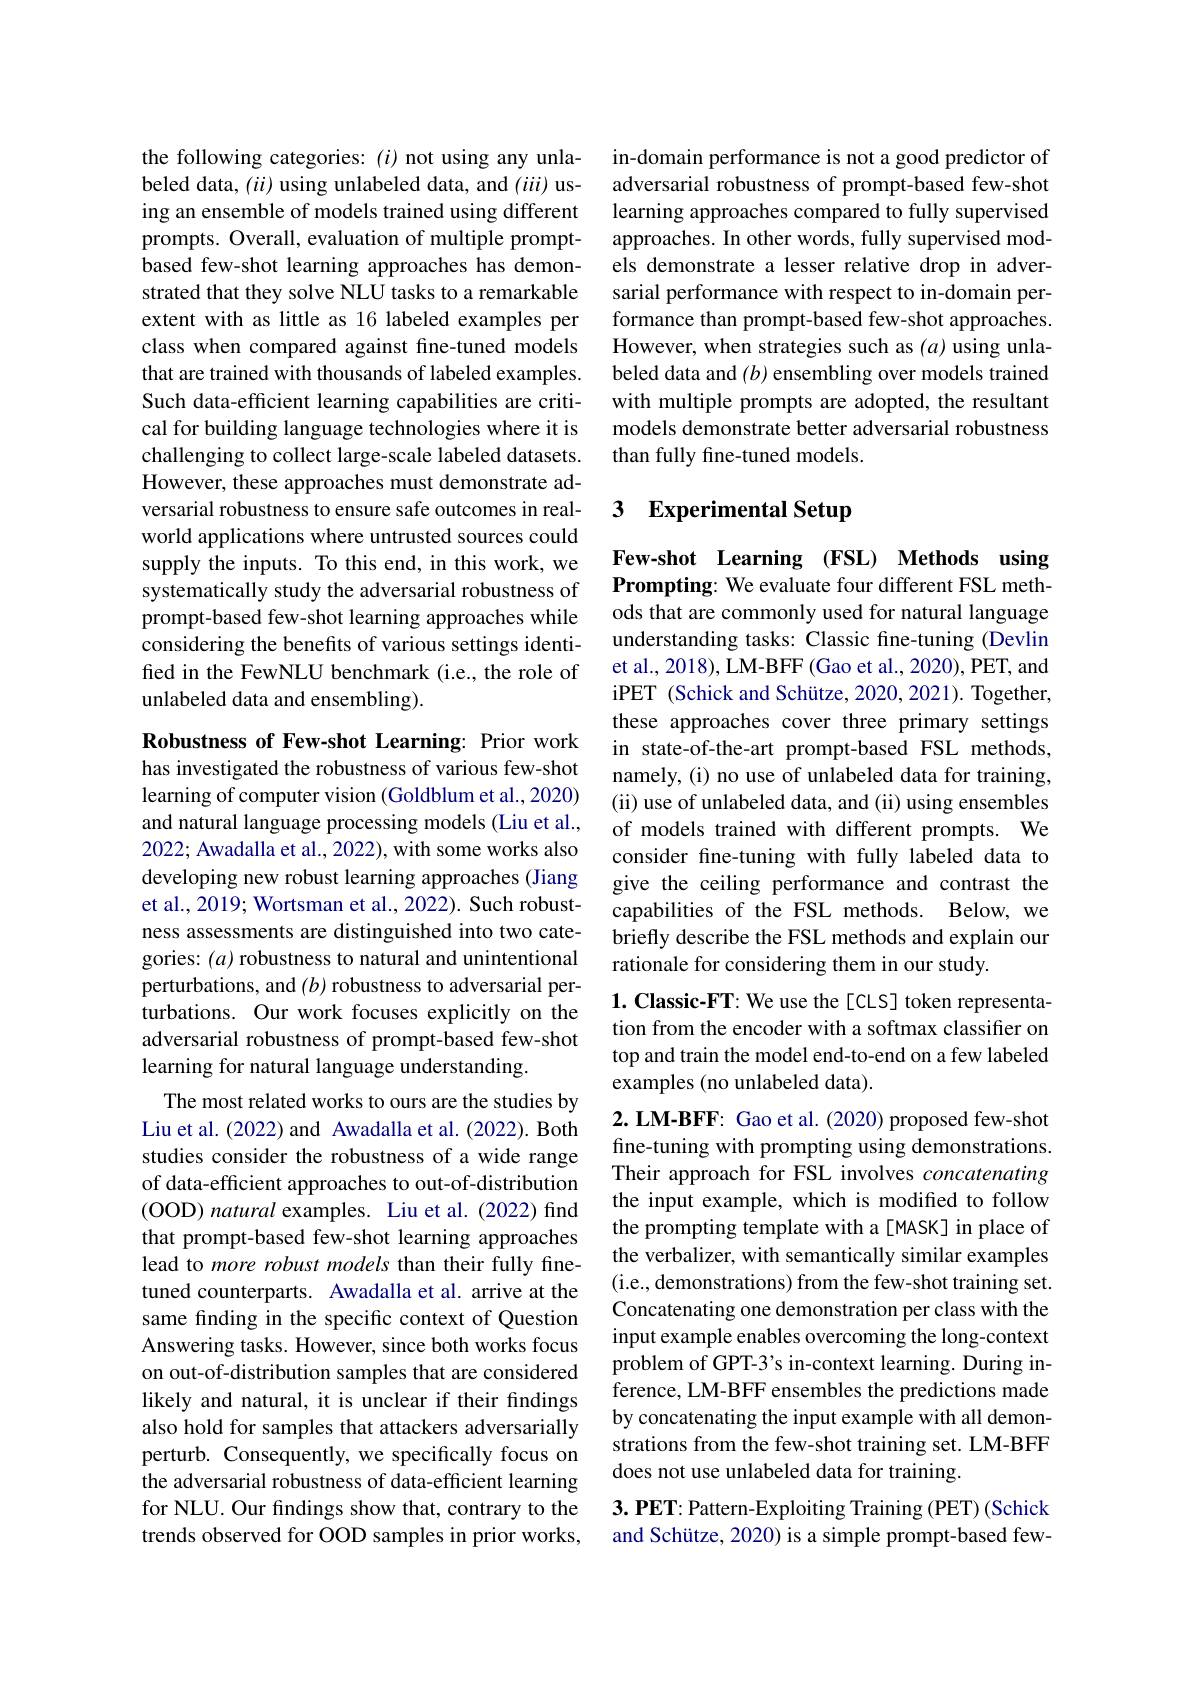
the following categories: $(i)$ not using any unlabeled data, $(ii)$ using unlabeled data, and $(iii)$ using an ensemble of models trained using different prompts. Overall, evaluation of multiple promptbased few-shot learning approaches has demonstrated that they solve NLU tasks to a remarkable extent with as little as 16 labeled examples per class when compared against fine-tuned models that are trained with thousands of labeled examples. Such data-efficient learning capabilities are critical for building language technologies where it is challenging to collect large-scale labeled datasets. However, these approaches must demonstrate adversarial robustness to ensure safe outcomes in realworld applications where untrusted sources could supply the inputs. To this end, in this work, we systematically study the adversarial robustness of prompt-based few-shot learning approaches while considering the benefits of various settings identifed in the FewNLU benchmark (i.e., the role of unlabeled data and ensembling).

Robustness of Few-shot Learning: Prior work has investigated the robustness of various few-shot learning of computer vision (Goldblum et al., 2020) and natural language processing models (Liu et al., 2022; Awadalla et al., 2022), with some works also developing new robust learning approaches (Jiang et al., 2019; Wortsman et al., 2022). Such robustness assessments are distinguished into two categories: $(a)$ robustness to natural and unintentional perturbations, and $(b)$ robustness to adversarial perturbations. Our work focuses explicitly on the adversarial robustness of prompt-based few-shot learning for natural language understanding.
The most related works to ours are the studies by Liu et al. (2022) and Awadalla et al. (2022). Both studies consider the robustness of a wide range of data-efficient approaches to out-of-distribution (OOD$) \textit{natural examples. Liu et al. ( 2022) find}$ that prompt-based few-shot learning approaches lead to more robust models than their fully finetuned counterparts. Awadalla et al. arrive at the same finding in the specific context of Question Answering tasks. However, since both works focus on out-of-distribution samples that are considered likely and natural, it is unclear if their findings also hold for samples that attackers adversarially perturb. Consequently, we specifically focus on the adversarial robustness of data-efficient learning for NLU. Our findings show that, contrary to the trends observed for OOD samples in prior works,

in-domain performance is not a good predictor of adversarial robustness of prompt-based few-shot learning approaches compared to fully supervised approaches. In other words, fully supervised models demonstrate a lesser relative drop in adversarial performance with respect to in-domain performance than prompt-based few-shot approaches. However, when strategies such as $(a)$ using unlabeled data and $(b)$ ensembling over models trained with multiple prompts are adopted, the resultant models demonstrate better adversarial robustness than fully fine-tuned models.

# 3 Experimental Setup

Few-shot Learning (FSL) Methods using Prompting: We evaluate four different FSL methods that are commonly used for natural language understanding tasks: Classic fine-tuning (Devlin et al., 2018), LM-BFF (Gao et al., 2020), PET, and iPET (Schick and Schütze, 2020, 2021). Together, these approaches cover three primary settings in state-of-the-art prompt-based FSL methods, namely, (i) no use of unlabeled data for training, (ii) use of unlabeled data, and (ii) using ensembles of models trained with different prompts. We consider fine-tuning with fully labeled data to give the ceiling performance and contrast the capabilities of the FSL methods. Below, we briefly describe the FSL methods and explain our rationale for considering them in our study.

$1. \textbf{ Classic- FT: We use the[ CLS] token representa- }$ tion from the encoder with a softmax classifier on top and train the model end-to-end on a few labeled examples (no unlabeled data).

2. LM-BFF: Gao et al. (2020) proposed few-shot fine-tuning with prompting using demonstrations. Their approach for FSL involves concatenating the input example, which is modified to follow the prompting template with a[MASK] in place of the verbalizer, with semantically similar examples (i.e., demonstrations) from the few-shot training set. Concatenating one demonstration per class with the input example enables overcoming the long-context problem of GPT-3's in-context learning. During inference, LM-BFF ensembles the predictions made by concatenating the input example with all demonstrations from the few-shot training set. LM-BFF does not use unlabeled data for training.

$3. \textbf{ PET: Pattern- Exploiting Training ( PET) ( Schick}$ and Schütze, 2020) is a simple prompt-based few-